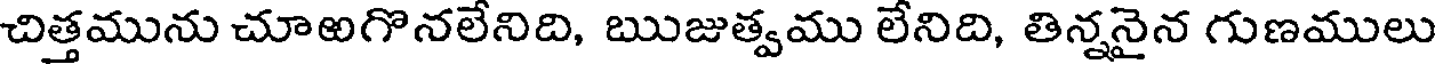
చిత్తమును చూఱగొనలేనిది, ఋజుత్వము లేనిది, తిన్ననైన గుణములు